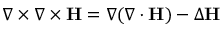
\nabla \times \nabla \times \mathbf { H } = \nabla ( \nabla \cdot \mathbf { H } ) - \Delta \mathbf { H }